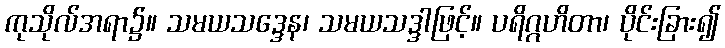
ကုသိုလ်အရာ၌။ သမယသဒ္ဒေန၊ သမယသဒ္ဒါဖြင့်။ ပရိဂ္ဂဟိတာ၊ ပိုင်းခြား၍